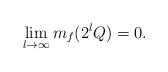
LaTeX: \begin{align*}\lim_{l\to\infty}m_f(2^lQ)=0.\end{align*}